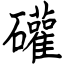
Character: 礶